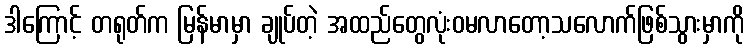
ဒါကြောင့် တရုတ်က မြန်မာမှာ ချုပ်တဲ့ အထည်တွေလုံးဝမလာတော့သလောက်ဖြစ်သွားမှာကို